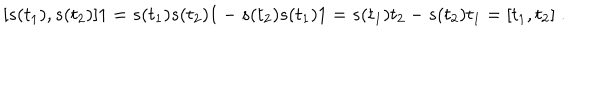
LaTeX: [ s ( t _ { 1 } ) , s ( t _ { 2 } ) ] 1 = s ( t _ { 1 } ) s ( t _ { 2 } ) 1 - s ( t _ { 2 } ) s ( t _ { 1 } ) 1 = s ( t _ { 1 } ) t _ { 2 } - s ( t _ { 2 } ) t _ { 1 } = [ t _ { 1 } , t _ { 2 } ] \; .